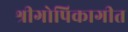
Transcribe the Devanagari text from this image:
श्रीगोपिकागीत